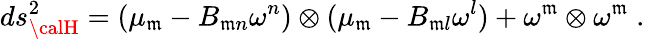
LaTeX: ds_{\calH}^{2}=(\mu_{\mathfrak{m}}-B_{\mathfrak{m}n}\omega^{n})\otimes(\mu_{\mathfrak{m}}-B_{\mathfrak{m}l}\omega^{l})+\omega^{\mathfrak{m}}\otimes\omega^{\mathfrak{m}}\; .